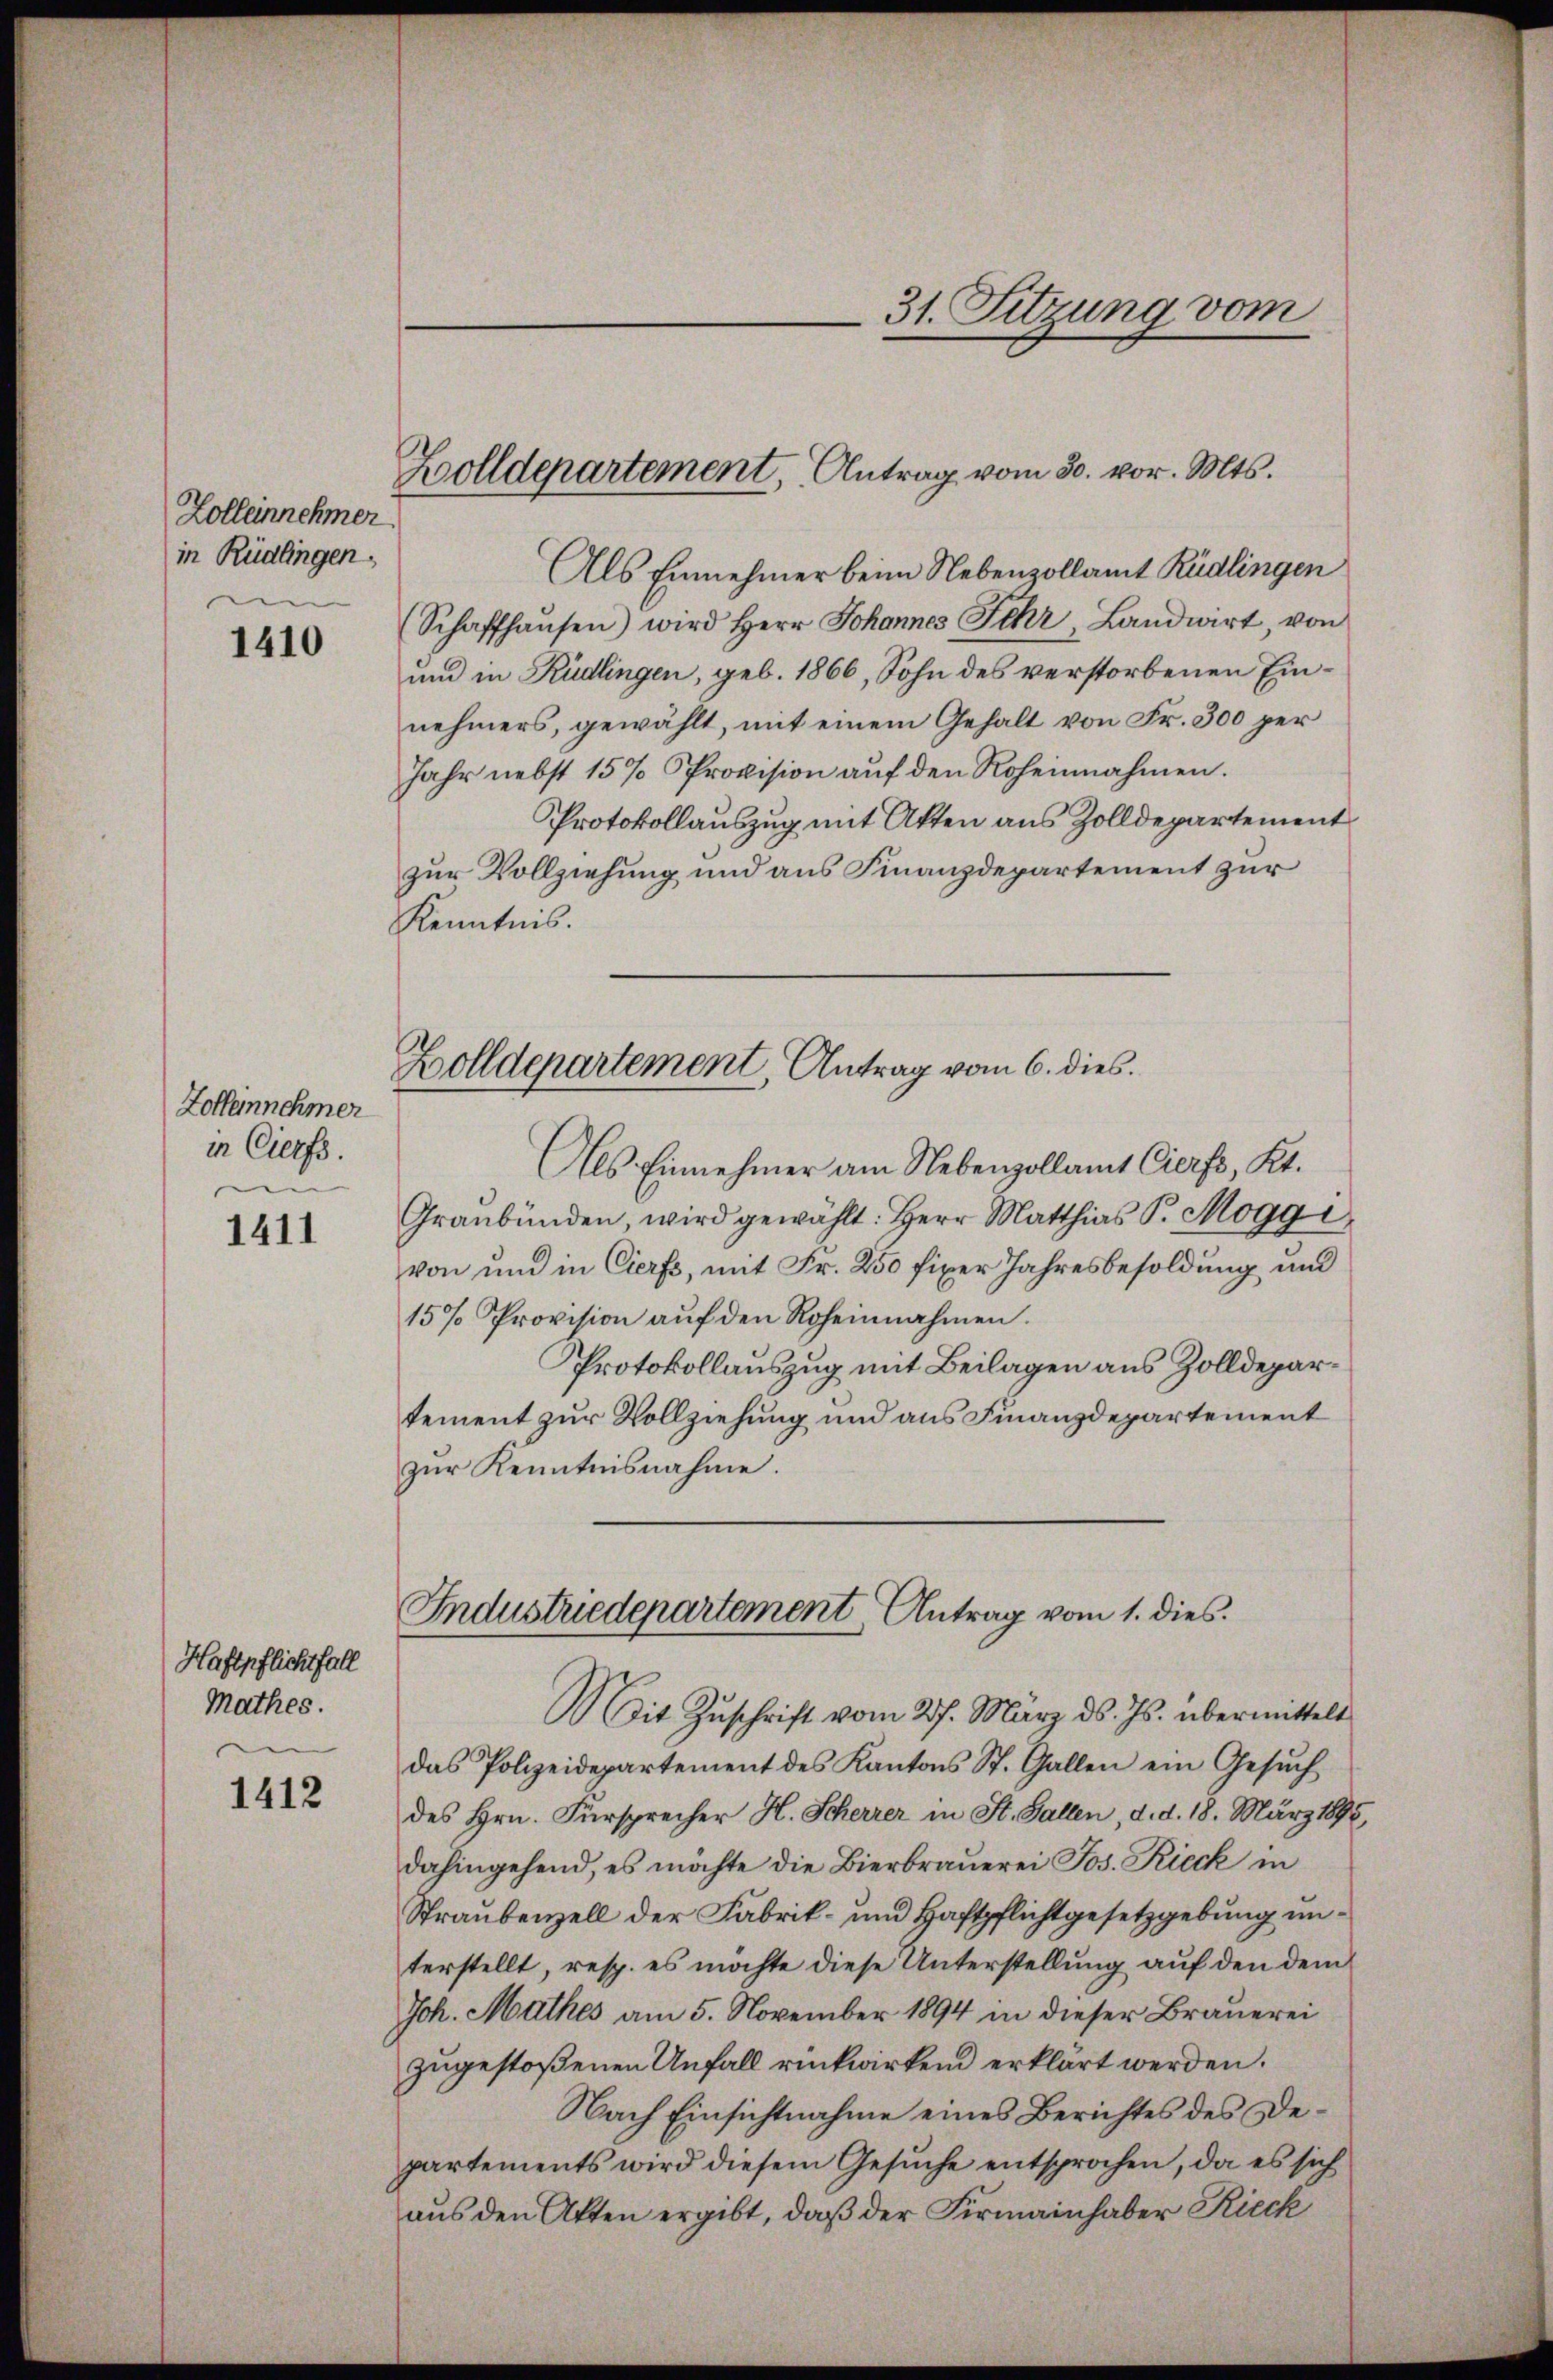
Zolleinnehmer
in Rüdlingen.

1410

Zollennehmer
in Cierfs.

1411

Haftpflichsfall
Mathes.

1412

Zolldepartement, Antrag vom 30. vor. Mts.

Als Einehmer beim Nebenzollamt Rüdlingen
Schaffhausen) wird Herr Johannes Sehr Landwirt von
und in Rüdlingen, geb. 1866, Sohn des verstorbenen Einnehmers, gewählt, mit einem Gehalt von Fr. 300 per
Jahr nebst 15% Provision auf den Roheinnahmen.
Protokollauszug mit Akten aus Zolldepartement
zur Vollziehung und aus Finanzdepartement zur
Kenntnis.
Als Einnehmer am Nebenzollamt Cierfs, Kt.
Graubünden, wird gewählt: Herr Matthias P. Moggi
von und in Cierfs, mit Fr. 250 fixer Jahresbesoldung und
15% Provision auf den Roheinnahmen.
Protokollauszug mit Beilagen aus Zolldepartement zur Vollziehung und aus Finanzdepartement
zŭr Kenntnisnahme.
Industriedepartement Antrag vom 1. dies
Mit Zuschrift vom 27. März ds. Js. übermittelt
das Polizeidepartement des Kantons St. Gallen ein Gesŭch
des Hrn. Fürsprecher H. Scherrer in St. Gallen, d. d. 18. März 1898,
dahingehend, es möchte die Bierbraŭerei Jos. Rieck in
Straubenzell der Fabrik- und Haftpflichtgesetzgebung unterstellt, resp. es möchte diese Unterstellung auf den dem
Joh. Mathes am 5. November 1894 in dieser Brauerei
zugestoßenen Unfall rückwirkend erklärt werden.
Nach Einsichtnahme eines Berichtes des Departements wird diesem Gesŭche entsprochen, da es sich
aus den Akten ergibt, daß der Firmainhaber Rieck

Holldepartement, Antrag vom 6. dies

31. Sitzung vom